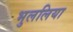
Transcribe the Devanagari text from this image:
भुललिया